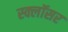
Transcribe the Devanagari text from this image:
स्क्लॉसर